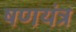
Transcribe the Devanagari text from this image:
षणयंत्र